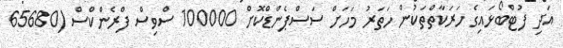
އަދި ފުޓްބޯޅައިގެ ހަރަކާތްތަކުން ހަތަރު މަހަށް ސަސްޕެންޑްކޮށް 100000 ސްވިސް ފްރެންކްސް (65680